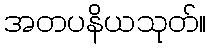
အတပနိယသုတ်။